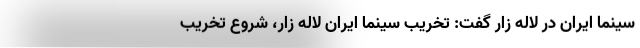
سینما ایران در لاله زار گفت: تخریب سینما ایران لاله زار، شروع تخریب